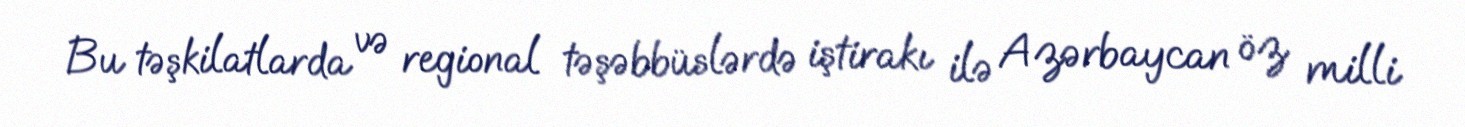
Bu təşkilatlarda və regional təşəbbüslərdə iştirakı ilə Azərbaycan öz milli